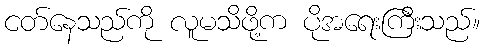
ငတ်နေသည်ကို လူမသိဖို့က ပိုအရေးကြီးသည်။